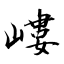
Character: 嶁